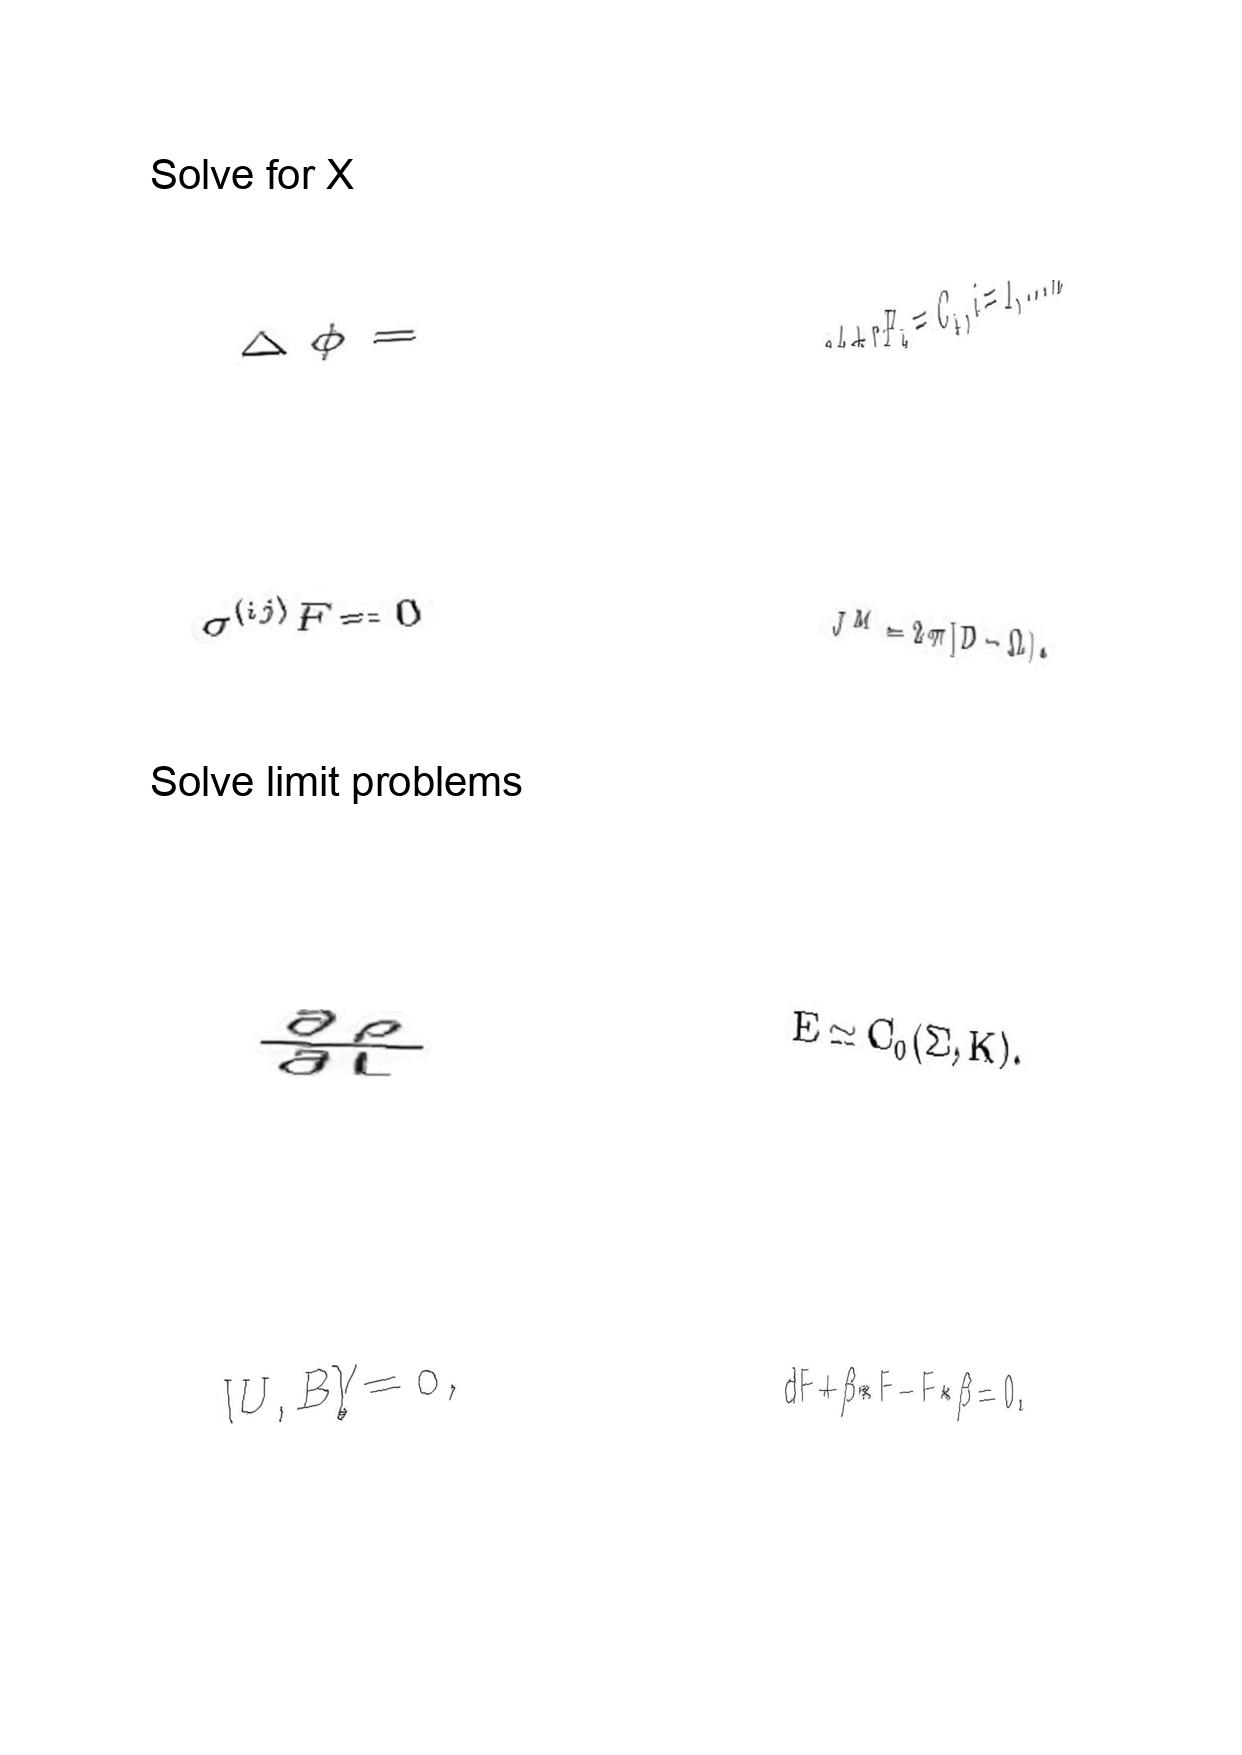
LaTeX transcription:
\Delta \phi =
\sigma ^ { \lparen i j \rparen } F = 0
\frac { \partial \rho } { \partial L }
\lbrack U , B \rbrack \neq 0 ,
q A + r F _ { i } = C _ { i } , i = 1 , . . . n
J ^ { M } = 2 \pi \lbrack D - \Omega \rbrack .
E \simeq C _ { 0 } \lparen \Sigma , K \rparen .
d F + \beta \ast F - F \ast \beta = 0 .